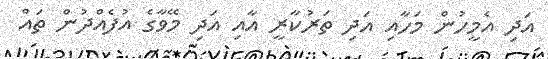
އަދި އެމީހުން މަހާއި އަދި ތަރުކާރީ އާއި އަދި މޭވާގެ އުފެއްދުން ތައް